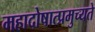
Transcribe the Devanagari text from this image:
महादोषात्प्रमुच्यते